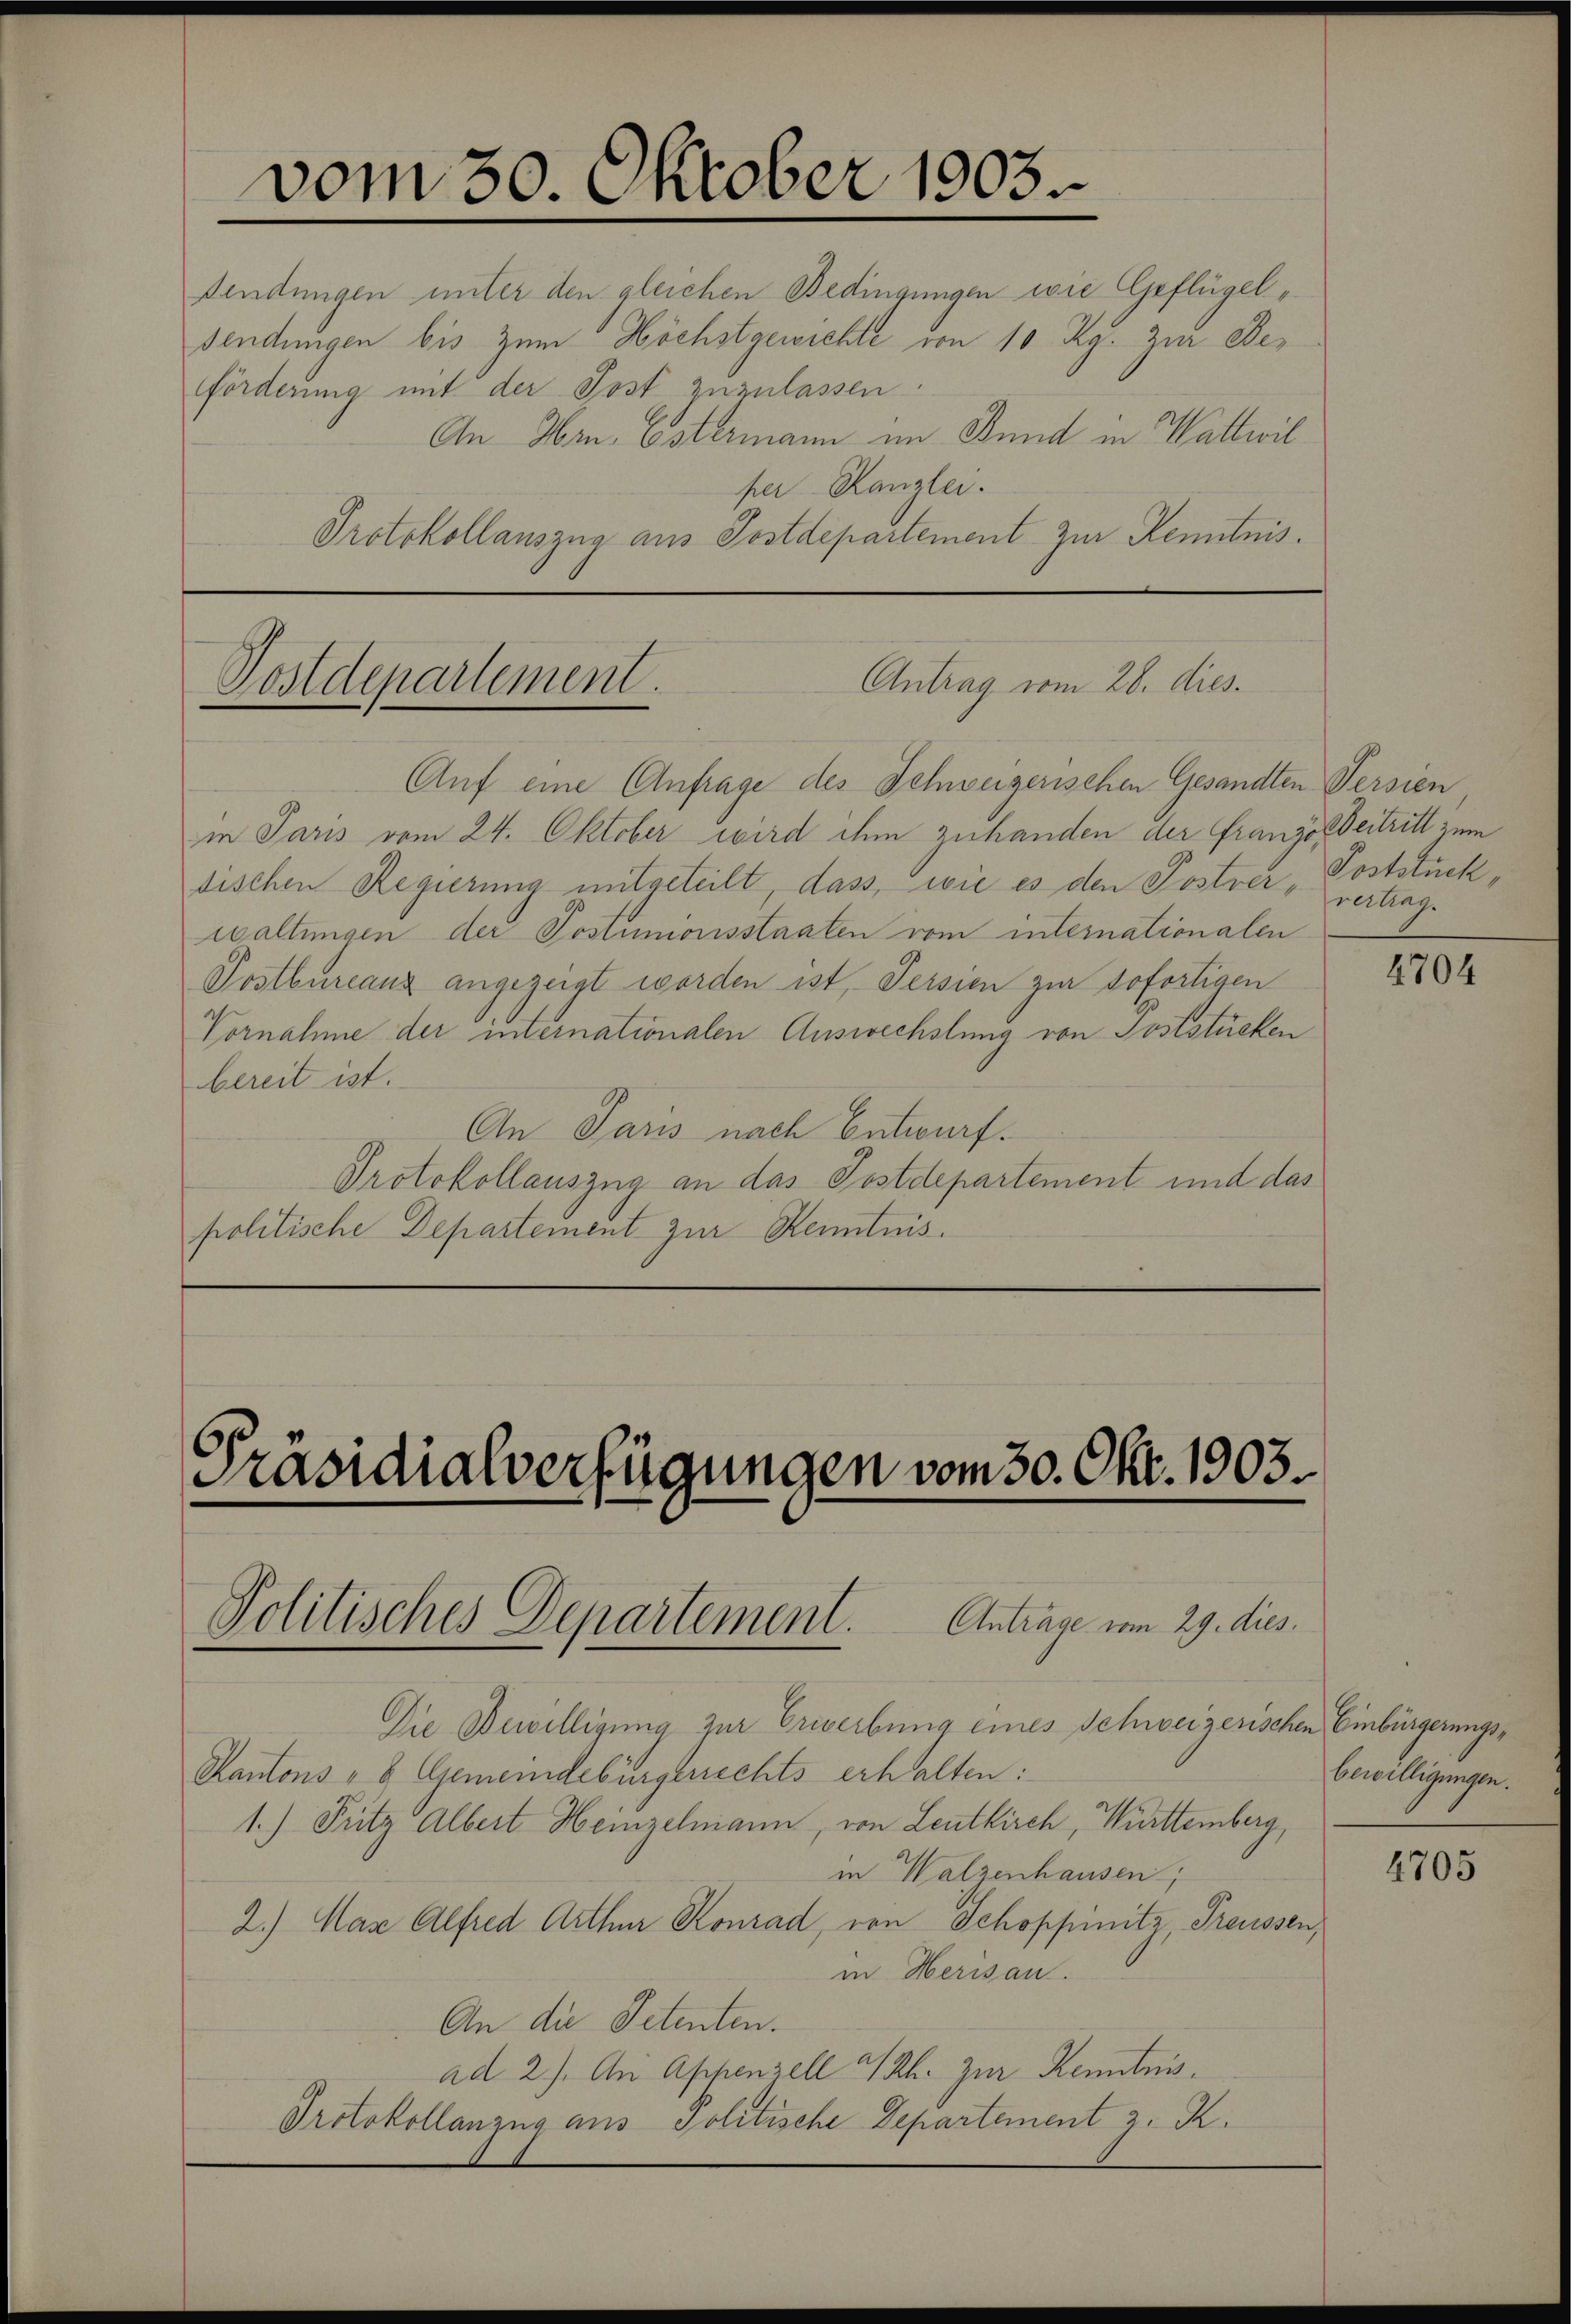
vom 30. Oktober 1903.

findungen unter den gleichen Bedingungen wie Geflügelsendungen bis zum Höchstgewichte von 10 Rg. zur Beförderung mit der Post zuzulassen.
An Hrn. Ostermann im Bund in Wattwil
per Kanzler.
Protokollauszug aus Postdepartement zur Kenntnis.

Antrag vom 28. dies
Postdepartement.

Präsidialverfügungen vom 30. Okt. 1903.
Politisches Departement.
Antrage vom 29. dies

Auf eine Anfrage des Schweizerischen Gesandten Versien
in Paris vom 24. Oktober wird ihm zuhanden der Französbeitritt zum
dischen Regierung mitgeteilt, dass, wie es den Postrer, Poststuck,
waltungen der Postumonsstaaten vom internationalen
Postbureaus angezeigt worden ist, Persien zur sofortigen
Vornahme der internationalen Auswechslung von Poststücken
bereit ist.
An Paris nach Entwurf.
Protokollauszug an das Postdepartement und das
politische Departement zur Kenntnis.

vertrag.

Die Bewilligung zur Erwerbung eines Schweizerischen Einbürgerungs¬
Kantons - 6 Gemeindebürgerrechts erhalten:
1.) Pritz Albert Heinzelmann, von Leutkirch Württemberg,
in Walzenhausen,
2.) Mas Alfred Arthur Konrad, von Schoppinitz, Traussen,
in Herisau.
An die Petenten.
ad 2). An Appenzell I/Rh. zur Kenntnis¬
Protokollanzug aus Politische Departement z. R.

4704

bewilligungen.

4705